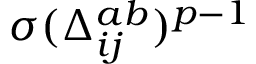
\sigma ( \Delta _ { i j } ^ { a b } ) ^ { p - 1 }